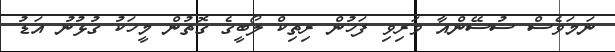
ނަމަވެސް ސުސޭންއާ ވަރިވި ފަހުން ރިތިކް ލޯބީގެ ގޮތުން މީހަކު ގުޅުނު އަޑު